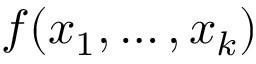
f ( x _ { 1 } , \ldots , x _ { k } )